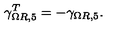
\gamma _ { \Omega R , 5 } ^ { T } = - \gamma _ { \Omega R , 5 } .